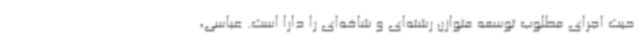
حیث اجرای مطلوب توسعه متوازن رشته‌ای و شاخه‌ای را دارا است. عباسی،